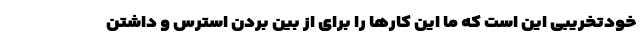
خودتخریبی این است که ما این کارها را برای از بین بردن استرس و داشتن